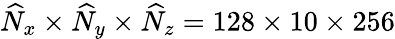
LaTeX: \widehat{N}_{x}\times\widehat{N}_{y}\times\widehat{N}_{z}=128\times 10\times 256